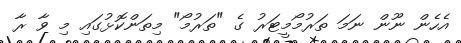
އެހެން ނޫން ނަމަ ތަރުމޯމީޓަރު ގެ "ތަރުމޯ" މިތަންކޮޅުގައި މި ވާ ރާ